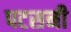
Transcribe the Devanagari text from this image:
पटसनी